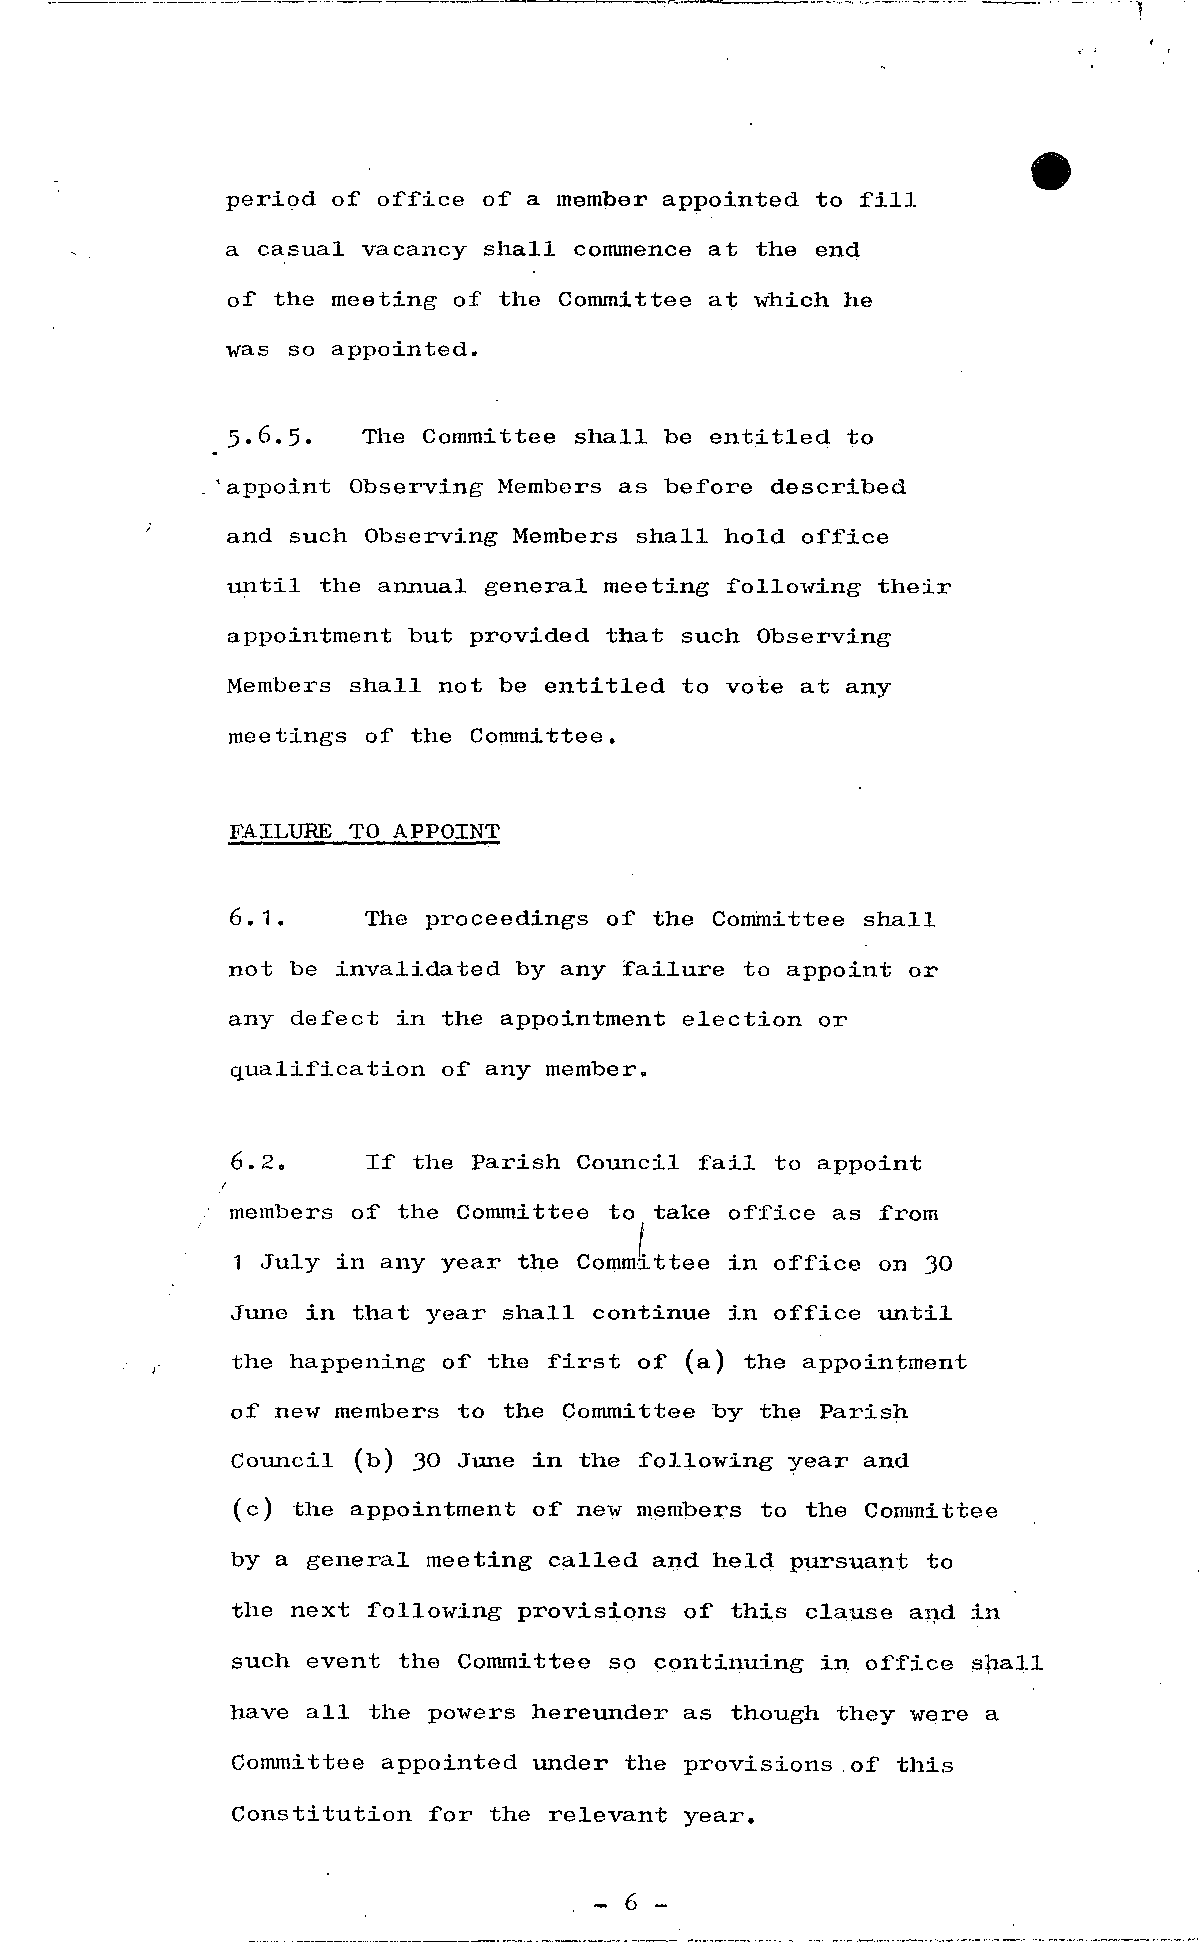
period of office of a member appointed to f i ll
 a casual vacancy shall commence at the end
 of the meeting of the Committee at which he
 was so appointed.
 5.6.5.   The Committee shall be entitled to
 .'appoint Observing Members as before described
 and such Observing Members shall hold office
 u n t il the annual general meeting follo-wing their
 appointment but provided that such Observing
 Members shall not be entitled to vote at any
 meetings of the Committee.
 FAILURE TO APPOINT
 6.1.     The proceedings of the Committee shall
 not be invalidated by any failure to appoint or
 any defect in the appointment election or
 qualification of any member.
 6.2.     If the Parish Council f a il to appoint
 members of the Committee to take office as from
 1 July in any year the Committee in office on 30
 June in that year shall continue in office u n t il
 the happening of the f i r st of (a) the appointment
 of new members to the Committee by the Parish
 Council (b) 30 June in the following year and
 (c) the appointment of new menibers to the Committee
 by a general meeting called and held pursuant to
 the next following provisions of this clause and in
 such event the Committee so continuing in office shall
 have a ll the powers hereunder as though they were a
 Committee appointed under the provisions of this
 Constitution f or the relevant year.
 . - 6 -